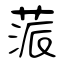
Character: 蒎